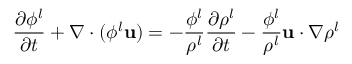
\frac { \partial \phi ^ { l } } { \partial t } + \nabla \cdot ( \phi ^ { l } \mathbf { u } ) = - \frac { \phi ^ { l } } { \rho ^ { l } } \frac { \partial \rho ^ { l } } { \partial t } - \frac { \phi ^ { l } } { \rho ^ { l } } \mathbf { u } \cdot \nabla \rho ^ { l }